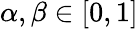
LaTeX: \alpha,\beta\in[0,1]